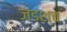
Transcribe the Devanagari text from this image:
जडश्च